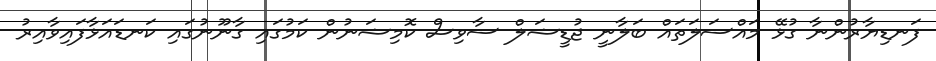
ފަނޑިޔާރުންނާ ގުޅޭ މައްސަލަތައް ބަލާނީ ޖުޑީޝަލް ސާވިސް ކޮމިޝަނުން ކަމުގައި ގާނޫނުގައި ކަނޑައަޅާފައިވާއިރު